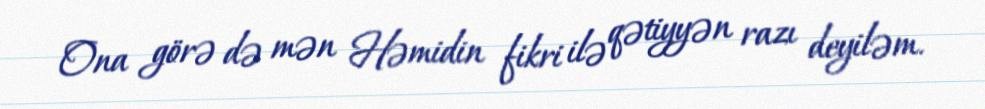
Ona görə də mən Həmidin fikri ilə qətiyyən razı deyiləm.